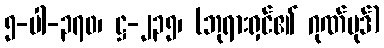
၅-ပါ-၃၇၀၊ ဋ္ဌ-၂၃၅၊ (ဘုရားရှင်၏ ဂုဏ်ပုဒ်)